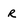
Character: r